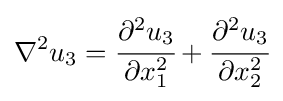
\nabla ^{2}u_{3}={\cfrac {\partial ^{2}u_{3}}{\partial x_{1}^{2}}}+{\cfrac {\partial ^{2}u_{3}}{\partial x_{2}^{2}}}